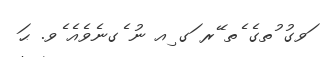
ަވގު ުތގެ ެތ ޭރ ަގ ިއ ނު ެގނެވެއެ ެވ. ޙަ